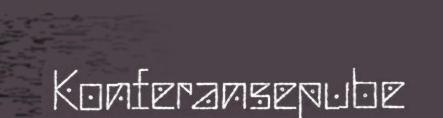
Konferansepube